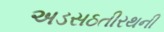
અડસઠતીરથની